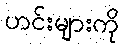
ဟင်းများကို